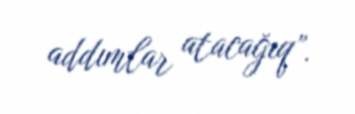
addımlar atacağıq”.